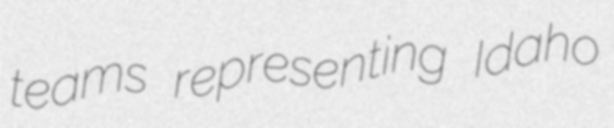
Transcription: teams representing Idaho